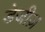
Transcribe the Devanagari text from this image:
डेजीज़